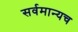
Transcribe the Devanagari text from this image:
सर्वमान्यच